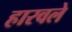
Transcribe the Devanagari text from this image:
हारवले